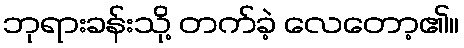
ဘုရားခန်းသို့ တက်ခဲ့ လေတော့၏။